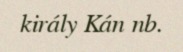
király Kán nb.